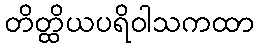
တိတ္ထိယပရိဝါသကထာ